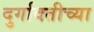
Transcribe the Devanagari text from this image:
दुर्गावतीच्या